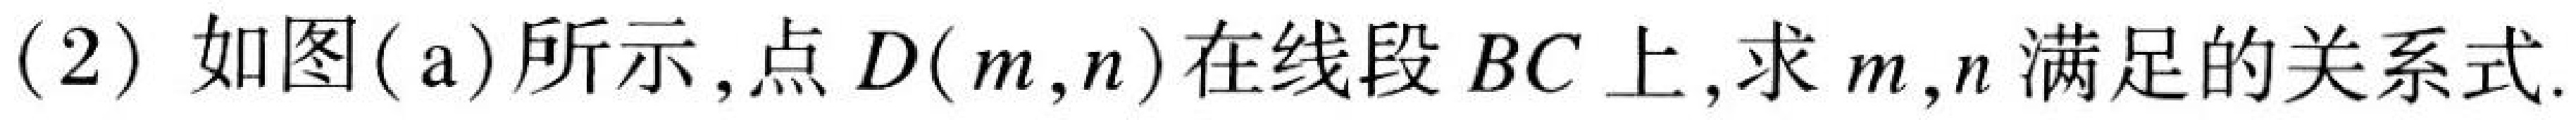
(2) 如图(a)所示,点$D(m,n)$在线段$BC$上,求$m,n$满足的关系式.